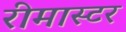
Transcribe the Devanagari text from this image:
रीमास्टर